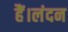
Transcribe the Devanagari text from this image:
हैं।लंदन